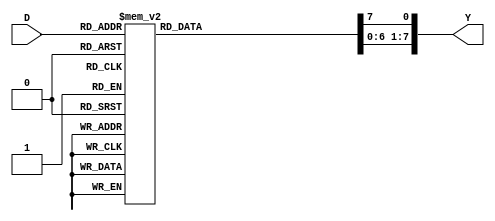
module Decoder_3_8_behavioral(
  input [2:0] D,
  output reg [7:0] Y);
  always @(*) begin
    Y = 0;
    case(D)
      3'b000: Y[0] = 1'b1;
      3'b001: Y[1] = 1'b1;
      3'b010: Y[2] = 1'b1;
      3'b011: Y[3] = 1'b1;
      3'b100: Y[4] = 1'b1;
      3'b101: Y[5] = 1'b1;
      3'b110: Y[6] = 1'b1;
      3'b111: Y[7] = 1'b1;
      default: Y =0;
    endcase
  end
endmodule